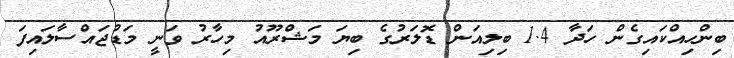
ބިންހިއްކައިގެން ހަދާ 1.4 ބިލިއަން ޑޮލަރުގެ ބިޔަ މަޝްރޫއު މިހާރު ވަނީ މަޑުޖައްސާލައިފަ